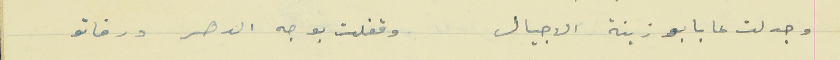
وجدلت عابا بو زينة الاجيال                                وقفلت بوجه الدهر ورقاتو